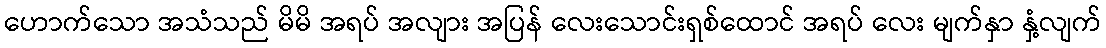
ဟောက်သော အသံသည် မိမိ အရပ် အလျား အပြန် လေးသောင်းရှစ်ထောင် အရပ် လေး မျက်နှာ နှံ့လျက်